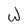
Character: W